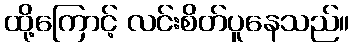
ထို့ကြောင့် လင်းစိတ်ပူနေသည်။